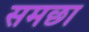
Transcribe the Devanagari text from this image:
समछा